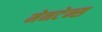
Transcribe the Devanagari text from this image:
मेनटेन्स